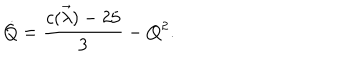
\dot { Q } = { \frac { c ( \vec { \lambda } ) - 2 5 } { 3 } } - Q ^ { 2 } .